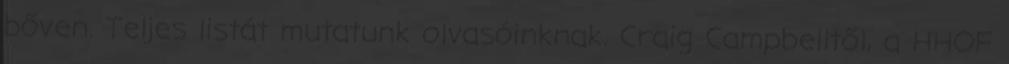
bőven. Teljes listát mutatunk olvasóinknak. Craig Campbelltől, a HHOF